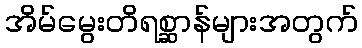
အိမ်မွေးတိရစ္ဆာန်များအတွက်